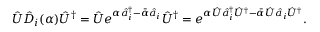
\hat { U } \hat { D } _ { i } ( \alpha ) \hat { U } ^ { \dag } = \hat { U } e ^ { \alpha \hat { a } _ { i } ^ { \dag } - \bar { \alpha } \hat { a } _ { i } } \hat { U } ^ { \dag } = e ^ { \alpha \hat { U } \hat { a } _ { i } ^ { \dag } \hat { U } ^ { \dag } - \bar { \alpha } \hat { U } \hat { a } _ { i } \hat { U } ^ { \dag } } .